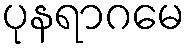
ပုနရာဂမေ